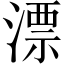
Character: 漂